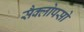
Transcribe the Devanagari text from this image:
सैक्लोपसो